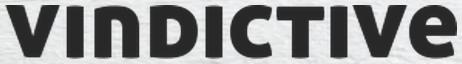
vindictive